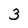
Character: 3